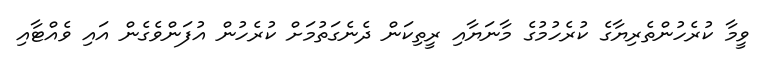
ވީމާ ކުރެހުންތެރިޔާގެ ކުރެހުމުގެ މާނަޔާއި ރީތިކަން ދެނެގަތުމަށް ކުރެހުން އުފަންވެގެން އައި ވެއްޓާއި